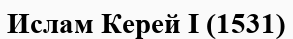
Ислам Керей І (1531)